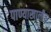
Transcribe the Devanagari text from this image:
पाण्याखालीच